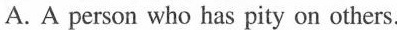
A. A person who has pity on others.